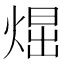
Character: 𤋪